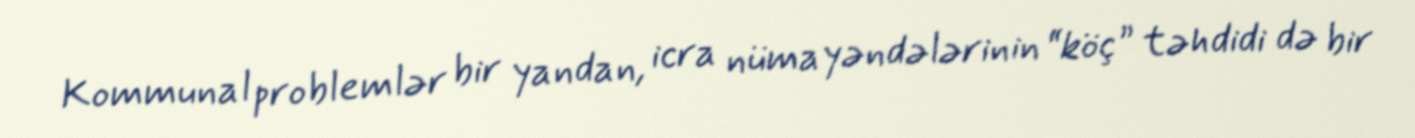
Kommunal problemlər bir yandan, icra nümayəndələrinin “köç” təhdidi də bir